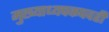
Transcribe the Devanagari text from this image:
मुख्याध्यपकपदही